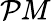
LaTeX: \mathcal{P}M